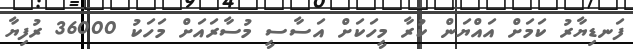
ފަނޑިޔާރު ކަމަށް އައްޔަން ކުރާ މީހަކަށް އަސާސީ މުސާރައަށް މަހަކު 36000 ރުފިޔާ